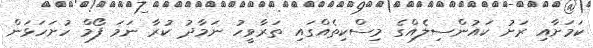
ކަމަށާއި ރަށު ކައުންސިލެއްގެ މިސްކިތެއްގައި ތަރާވީހު ނަމާދު ކުރާ ނަމަ ފޯމް ހުށަހަޅަން